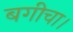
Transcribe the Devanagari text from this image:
बगीचा।